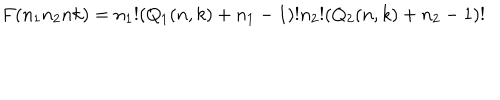
F ( n _ { 1 } n _ { 2 } n k ) = n _ { 1 } ! ( Q _ { 1 } ( n , k ) + n _ { 1 } - 1 ) ! n _ { 2 } ! ( Q _ { 2 } ( n , k ) + n _ { 2 } - 1 ) !